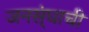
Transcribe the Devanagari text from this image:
जनस्ंघाची